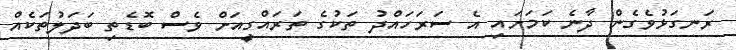
ރަނގަޅުވެގެން ދާނެ ކަމަށައި އެ ސަރަހައްދު ތަކުގެ ތަރައްގީއަށް ވެސް ބޮޑެތި ބަދަލުތަކެއް